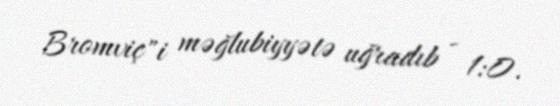
Bromviç"i məğlubiyyətə uğradıb - 1:0.